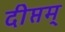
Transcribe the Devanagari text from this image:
दीप्तम्